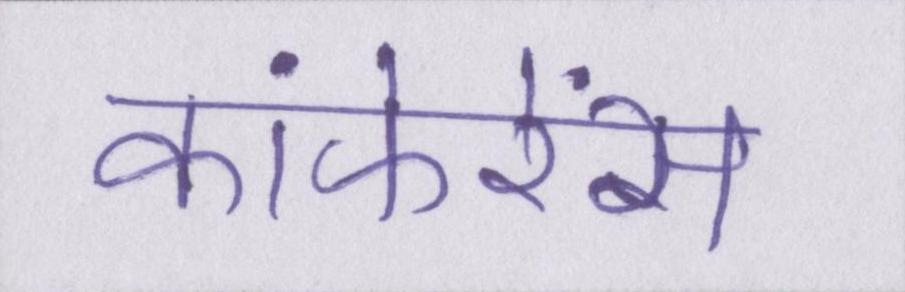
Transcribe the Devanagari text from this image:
कांफेरेंस